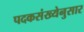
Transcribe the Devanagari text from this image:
पदकसंख्येनुसार